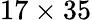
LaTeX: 17\times 35